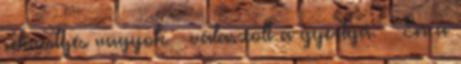
sekrestyés vagyok – válaszolt a gyertya. – Én a